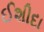
ઈશીદા